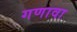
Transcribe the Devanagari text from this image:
गणावा